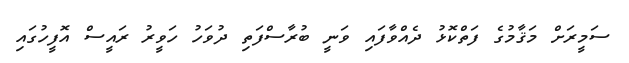
ސަމީރަށް މަޤާމުގެ ފަތްކޮޅު ދެއްވާފައި ވަނީ ބުރާސްފަތި ދުވަހު ހަވީރު ރައީސް އޮފީހުގައި